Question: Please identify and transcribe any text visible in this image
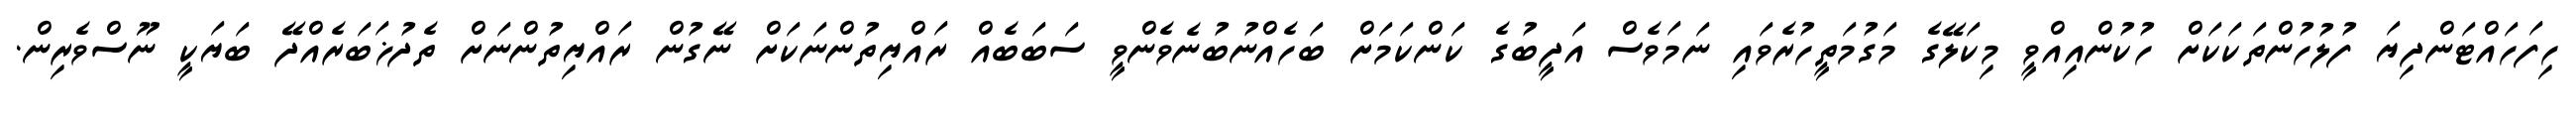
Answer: ހިފަހައްޓަންދިޔަ ފުލުހުންތަކަކަށް ހުކުންއިއްވީ މިކަލޭގެ މަގުމަތީހުރެވައި ނަމަވެސް އަދީބުގެ ކަންކަމަށް ބަހެއްނުބުނެވެންވީ ސަބަބެއް ރައްޔިތުންނަކަށް ނޭގުން ރައްޔިތުންނަށް ތެދުޚަބަރެއްދޭ ބަޔަކީ ނޫސްވެރިން.